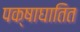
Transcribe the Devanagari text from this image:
पक्षाघातित